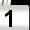
Digit: 1